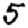
Digit: 5